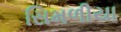
સિમળીયા